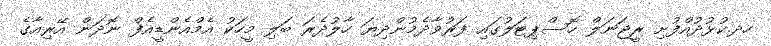
ހދ.ކުޅުދުއްފުށި ރީޖަނަލް ހޮސްޕިޓަލުގައި ފަރުވާދެމުންދިޔަ ހާލުދެރަ ބަލި މީހަކު އެމްއެންޑީއެފް ނޮދަން އޭރިއާގެ